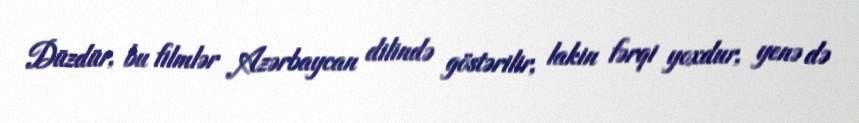
Düzdür, bu filmlər Azərbaycan dilində göstərilir, lakin fərqi yoxdur, yenə də